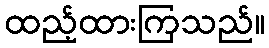
ထည့်ထားကြသည်။